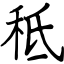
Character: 秪